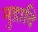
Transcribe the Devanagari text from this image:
मुद्रादि